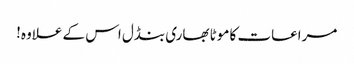
مراعات کا موٹا بھاری بنڈل اس کے علاوہ!